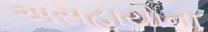
અસહાયોના